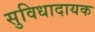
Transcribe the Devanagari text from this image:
सुविधादायक